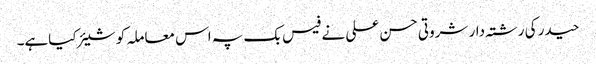
حیدر کی رشتہ دار شروتی حسن علی نے فیس بک پہ اس معاملہ کو شیئر کیاہے۔